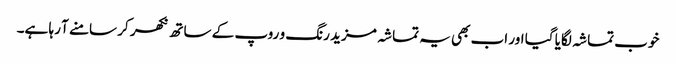
خوب تماشہ لگایا گیا اور اب بھی یہ تماشہ مزید رنگ و روپ کے ساتھ نکھر کر سامنے آ رہا ہے۔